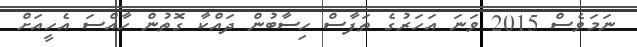
ނަމަވެސް 2015 ވަނަ އަހަރުގެ ތަފާސް ހިސާބުން ދައްކާ ގޮތުން ހާއްސަަ އެހީއަށް